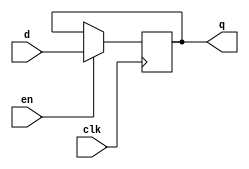
`timescale 1ns/10ps
module flopen(clk, en, d, q);

input clk, en;
input [7:0] d;
output reg [7:0] q;

always@(posedge clk)
 if (en) q <= d;

endmodule